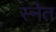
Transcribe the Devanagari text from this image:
स्नेत